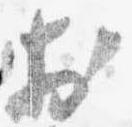
於